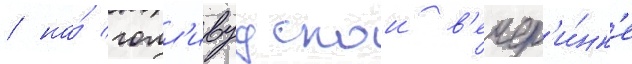
/ на́ голл'ивудскои в'ечер'и́нк'е